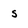
Character: s